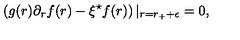
\left( g ( r ) \partial _ { r } f ( r ) - \xi ^ { \star } f ( r ) \right) | _ { r = r _ { + } + \epsilon } = 0 ,